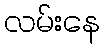
လမ်းနေ